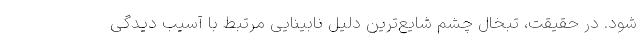
شود. در حقیقت، تبخال چشم شایع‌ترین دلیل نابینایی مرتبط با آسیب دیدگی